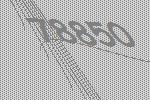
78850